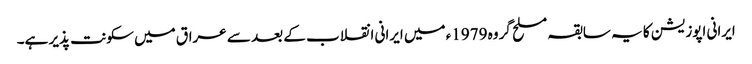
ایرانی اپوزیشن کا یہ سابقہ مسلح گروہ 1979ء میں ایرانی انقلاب کے بعد سے عراق میں سکونت پذیر ہے۔